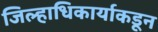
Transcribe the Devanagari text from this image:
जिल्हाधिकार्याकडून